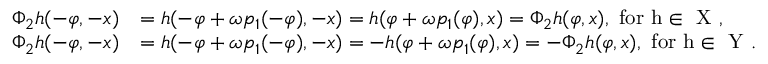
\begin{array} { r l } { \Phi _ { 2 } h ( - \varphi , - x ) } & { = h ( - \varphi + \omega p _ { 1 } ( - \varphi ) , - x ) = h ( \varphi + \omega p _ { 1 } ( \varphi ) , x ) = \Phi _ { 2 } h ( \varphi , x ) , \mathrm { ~ f o r ~ h \in ~ X ~ , } } \\ { \Phi _ { 2 } h ( - \varphi , - x ) } & { = h ( - \varphi + \omega p _ { 1 } ( - \varphi ) , - x ) = - h ( \varphi + \omega p _ { 1 } ( \varphi ) , x ) = - \Phi _ { 2 } h ( \varphi , x ) , \mathrm { ~ f o r ~ h \in ~ Y ~ } . } \end{array}